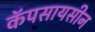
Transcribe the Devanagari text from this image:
कॅपसायसीन